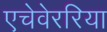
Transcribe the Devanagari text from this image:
एचेवेररिया